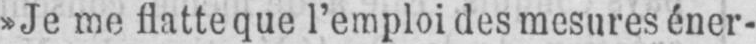
»Je me flatte que l’emploi des mesures éner-